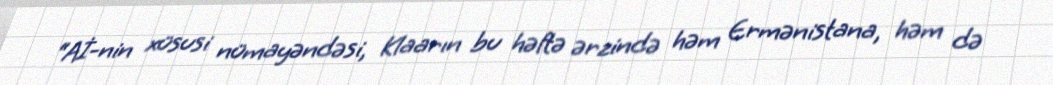
“Aİ-nin xüsusi nümayəndəsi, Klaarın bu həftə ərzində həm Ermənistana, həm də